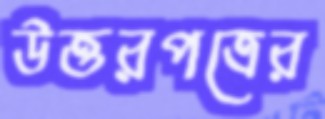
উত্তরপত্রের